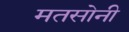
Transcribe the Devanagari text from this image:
मतसोनी